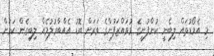
މި އެވޯޑުތައް ލިބެނީ ކުންފުނީގެ މުވައްޒަފުންގެ ވަރަށް ބޮޑު އެއްބާރުލުމެއް ލިބިގެން ކަމަށް